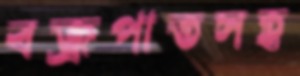
বজ্রপাতসহ